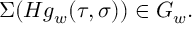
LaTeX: \Sigma ( H g _ { w } ( \tau , \sigma ) ) \in G _ { w } .